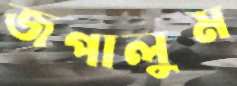
জপালুম